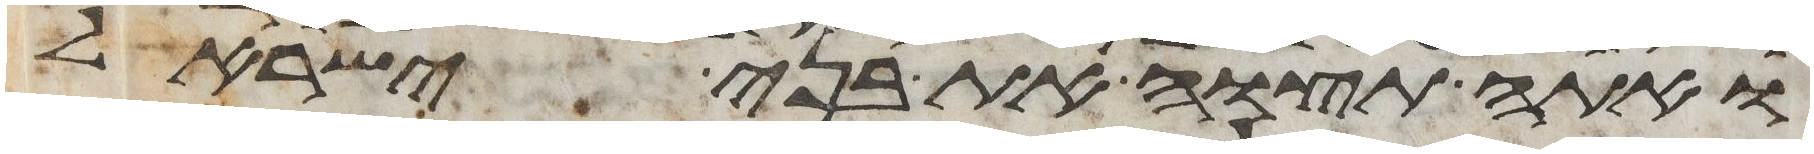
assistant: ואתה תצוה את בני ישראל